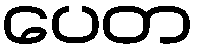
ပေတ